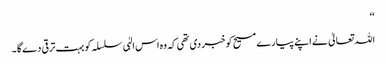
‘‘
اللہ تعالیٰ نے اپنے پیارے مسیح کو خبر دی تھی کہ وہ اس الہٰی سلسلہ کو بہت ترقی دے گا ۔